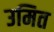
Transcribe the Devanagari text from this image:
उमित